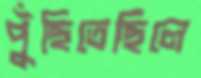
পুঁছিতেছিলে